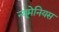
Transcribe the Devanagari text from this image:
न्यूमेनियस